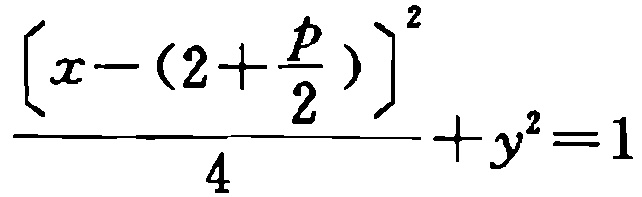
\frac{\left[x - (2 + \frac{p}{2})\right]^2}{4} + y^2 = 1